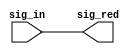
// SPDX-License-Identifier: Apache-2.0
// Copyright (C) 2019 Intel Corporation. All rights reserved
// ==========================================================================
//
//  CELL: aib_aliasd
//
//  Description: Directional alias device
//
//------------------------------------------
 module aib_aliasd( sig_in, sig_red );

    output   sig_red;
    input    sig_in;

    assign sig_red = sig_in;

 endmodule